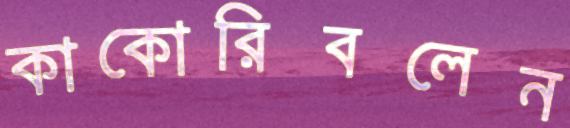
কাকোরিবলেন